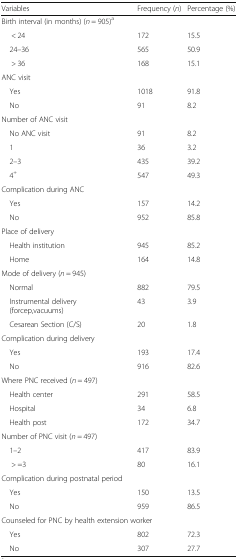
| Variables | Frequency (n) | Percentage (%) |
 | --- | --- | --- |
 | <COLSPAN=3> Birth interval (in months) (n = 905)a |
 | < 24 | 172 | 15.5 |
 | 24–36 | 565 | 50.9 |
 | > 36 | 168 | 15.1 |
 | <COLSPAN=3> ANC visit |
 | Yes | 1018 | 91.8 |
 | No | 91 | 8.2 |
 | <COLSPAN=3> Number of ANC visit |
 | No ANC visit | 91 | 8.2 |
 | 1 | 36 | 3.2 |
 | 2–3 | 435 | 39.2 |
 | 4+ | 547 | 49.3 |
 | <COLSPAN=3> Complication during ANC |
 | Yes | 157 | 14.2 |
 | No | 952 | 85.8 |
 | <COLSPAN=3> Place of delivery |
 | Health institution | 945 | 85.2 |
 | Home | 164 | 14.8 |
 | <COLSPAN=3> Mode of delivery (n = 945) |
 | Normal | 882 | 79.5 |
 | Instrumental delivery (forcep,vacuums) | 43 | 3.9 |
 | Cesarean Section (C/S) | 20 | 1.8 |
 | <COLSPAN=3> Complication during delivery |
 | Yes | 193 | 17.4 |
 | No | 916 | 82.6 |
 | <COLSPAN=3> Where PNC received (n = 497) |
 | Health center | 291 | 58.5 |
 | Hospital | 34 | 6.8 |
 | Health post | 172 | 34.7 |
 | <COLSPAN=3> Number of PNC visit (n = 497) |
 | 1–2 | 417 | 83.9 |
 | > =3 | 80 | 16.1 |
 | <COLSPAN=3> Complication during postnatal period |
 | Yes | 150 | 13.5 |
 | No | 959 | 86.5 |
 | <COLSPAN=3> Counseled for PNC by health extension worker |
 | Yes | 802 | 72.3 |
 | No | 307 | 27.7 |